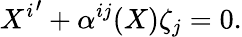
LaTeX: {X^{i}}^{\prime}+\alpha^{ij}(X)\zeta_{j}=0.